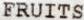
FRUITS